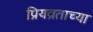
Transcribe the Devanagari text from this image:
प्रियव्रताच्या